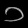
Digit: ၁